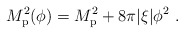
\begin{align*}M_{\rm p}^2(\phi) = M_{\rm p}^2 + 8\pi|\xi|\phi^2 \ .\end{align*}